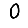
Digit: 0